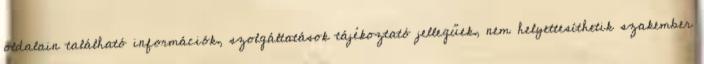
oldalain található információk, szolgáltatások tájékoztató jellegűek, nem helyettesíthetik szakember